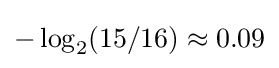
-\log _{2}(15/16)\approx 0.09